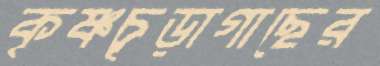
কৃষ্ণচূড়াগাছের